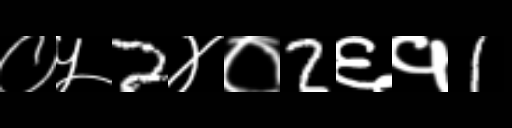
Text: ०५2४०2६१1